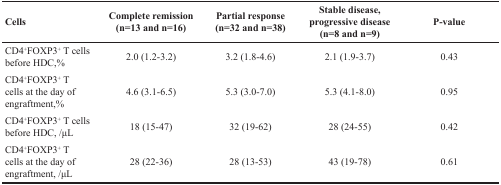
| Cells | Complete remission (n=13 and n=16) | Partial response (n=32 and n=38) | Stable disease, progressive disease (n=8 and n=9) | P-value |
 | --- | --- | --- | --- | --- |
 | CD4+FOXP3+ T cells before HDC,% | 2.0 (1.2-3.2) | 3.2 (1.8-4.6) | 2.1 (1.9-3.7) | 0.43 |
 | CD4+FOXP3+ T cells at the day of engraftment,% | 4.6 (3.1-6.5) | 5.3 (3.0-7.0) | 5.3 (4.1-8.0) | 0.95 |
 | CD4+FOXP3+ T cells before HDC, /μL | 18 (15-47) | 32 (19-62) | 28 (24-55) | 0.42 |
 | CD4+FOXP3+ T cells at the day of engraftment, /μL | 28 (22-36) | 28 (13-53) | 43 (19-78) | 0.61 |